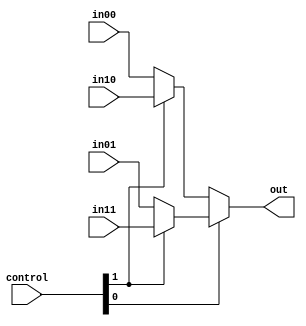
`timescale 1ns / 1ps
//////////////////////////////////////////////////////////////////////////////////
// Company: 
// Engineer: 
// 
// Design Name: 
// Module Name: MUX4L_5
// Project Name: 
// Target Devices: 
// Tool Versions: 
// Description: 
// 
// Dependencies: 
// 
// Revision:
// Revision 0.01 - File Created
// Additional Comments:
// 
//////////////////////////////////////////////////////////////////////////////////


module MUX4L_5(
	input [1:0] control,
	input [4:0] in00,
	input [4:0] in01,
	input [4:0] in10,
	input [4:0] in11,
	output [4:0] out
);
	assign out = control[0] ? (control[1] ? in11 : in01) : (control[1] ? in10 : in00);
endmodule